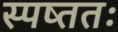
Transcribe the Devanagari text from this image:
स्पष्ततः